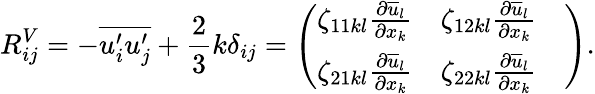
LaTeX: R_{ij}^{V}=-\overline{{u_{i}^{\prime}u_{j}^{\prime}}}+\frac{2}{3}k\delta_{ij}=\left(\begin{array}{lll}{\zeta_{11kl}\frac{\partial\overline{{u}}_{l}}{\partial x_{k}}}&{\zeta_{12kl}\frac{\partial\overline{{u}}_{l}}{\partial x_{k}}}&{}\\ {\zeta_{21kl}\frac{\partial\overline{{u}}_{l}}{\partial x_{k}}}&{\zeta_{22kl}\frac{\partial\overline{{u}}_{l}}{\partial x_{k}}}&{}\end{array}\right).